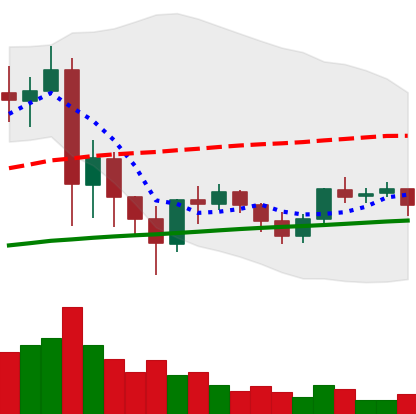
Ticker: XRP-USD
Chart end date: 2021-06-04
Forward return: -5.17%
Label: down_5_7